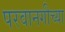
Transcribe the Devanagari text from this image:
परवानगीच्या